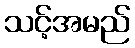
သင့်အမည်